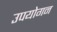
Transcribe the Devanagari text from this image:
उपयोगन